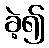
ခဲ့၍